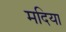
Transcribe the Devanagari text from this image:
मदिया